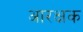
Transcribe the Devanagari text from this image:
आरक्षक